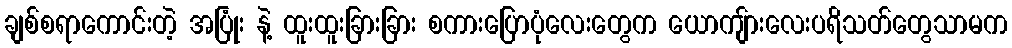
ချစ်စရာကောင်းတဲ့ အပြုံး နဲ့ ထူးထူးခြားခြား စကားပြောပုံလေးတွေက ယောကျ်ားလေးပရိသတ်တွေသာမက